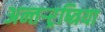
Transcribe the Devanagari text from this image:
अन्तर्‍र्रष्त्रिया